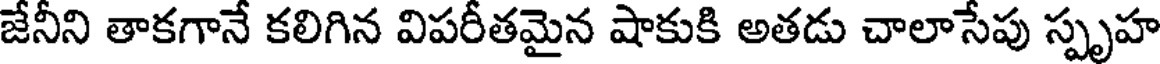
జేనీని తాకగానే కలిగిన విపరీతమైన షాకుకి అతడు చాలాసేపు స్పృహ